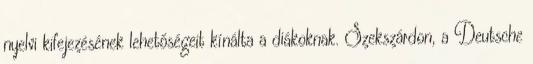
nyelvi kifejezésének lehetőségeit kínálta a diákoknak. Szekszárdon, a Deutsche